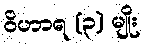
ဝိဟာရ (၃) မျိုး